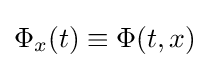
\Phi _{x}(t)\equiv \Phi (t,x)